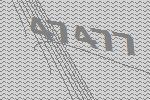
47477